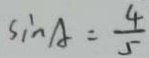
\sin A = \frac { 4 } { 5 }